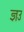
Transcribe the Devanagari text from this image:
ज्ञउ